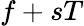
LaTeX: f+sT